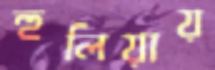
হুলিয়ায়